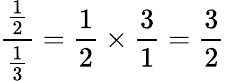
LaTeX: {\frac{\frac{1}{2}}{\frac{1}{3}}}={\frac{1}{2}}\times{\frac{3}{1}}={\frac{3}{2}}